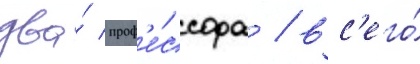
два́ проф'е́ссора / вс'его́